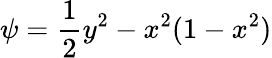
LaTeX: \psi=\frac 12y^{2}-x^{2}(1-x^{2})